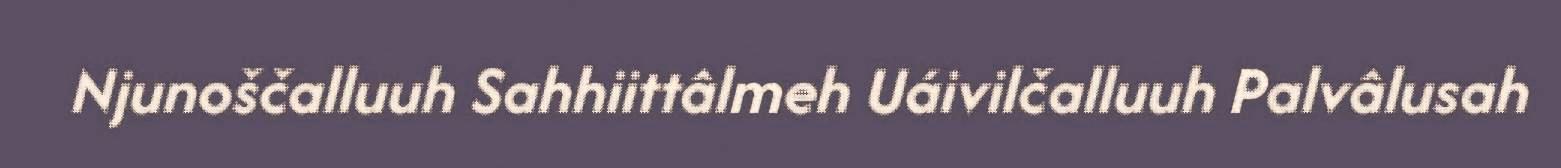
Njunoščalluuh Sahhiittâlmeh Uáivilčalluuh Palvâlusah